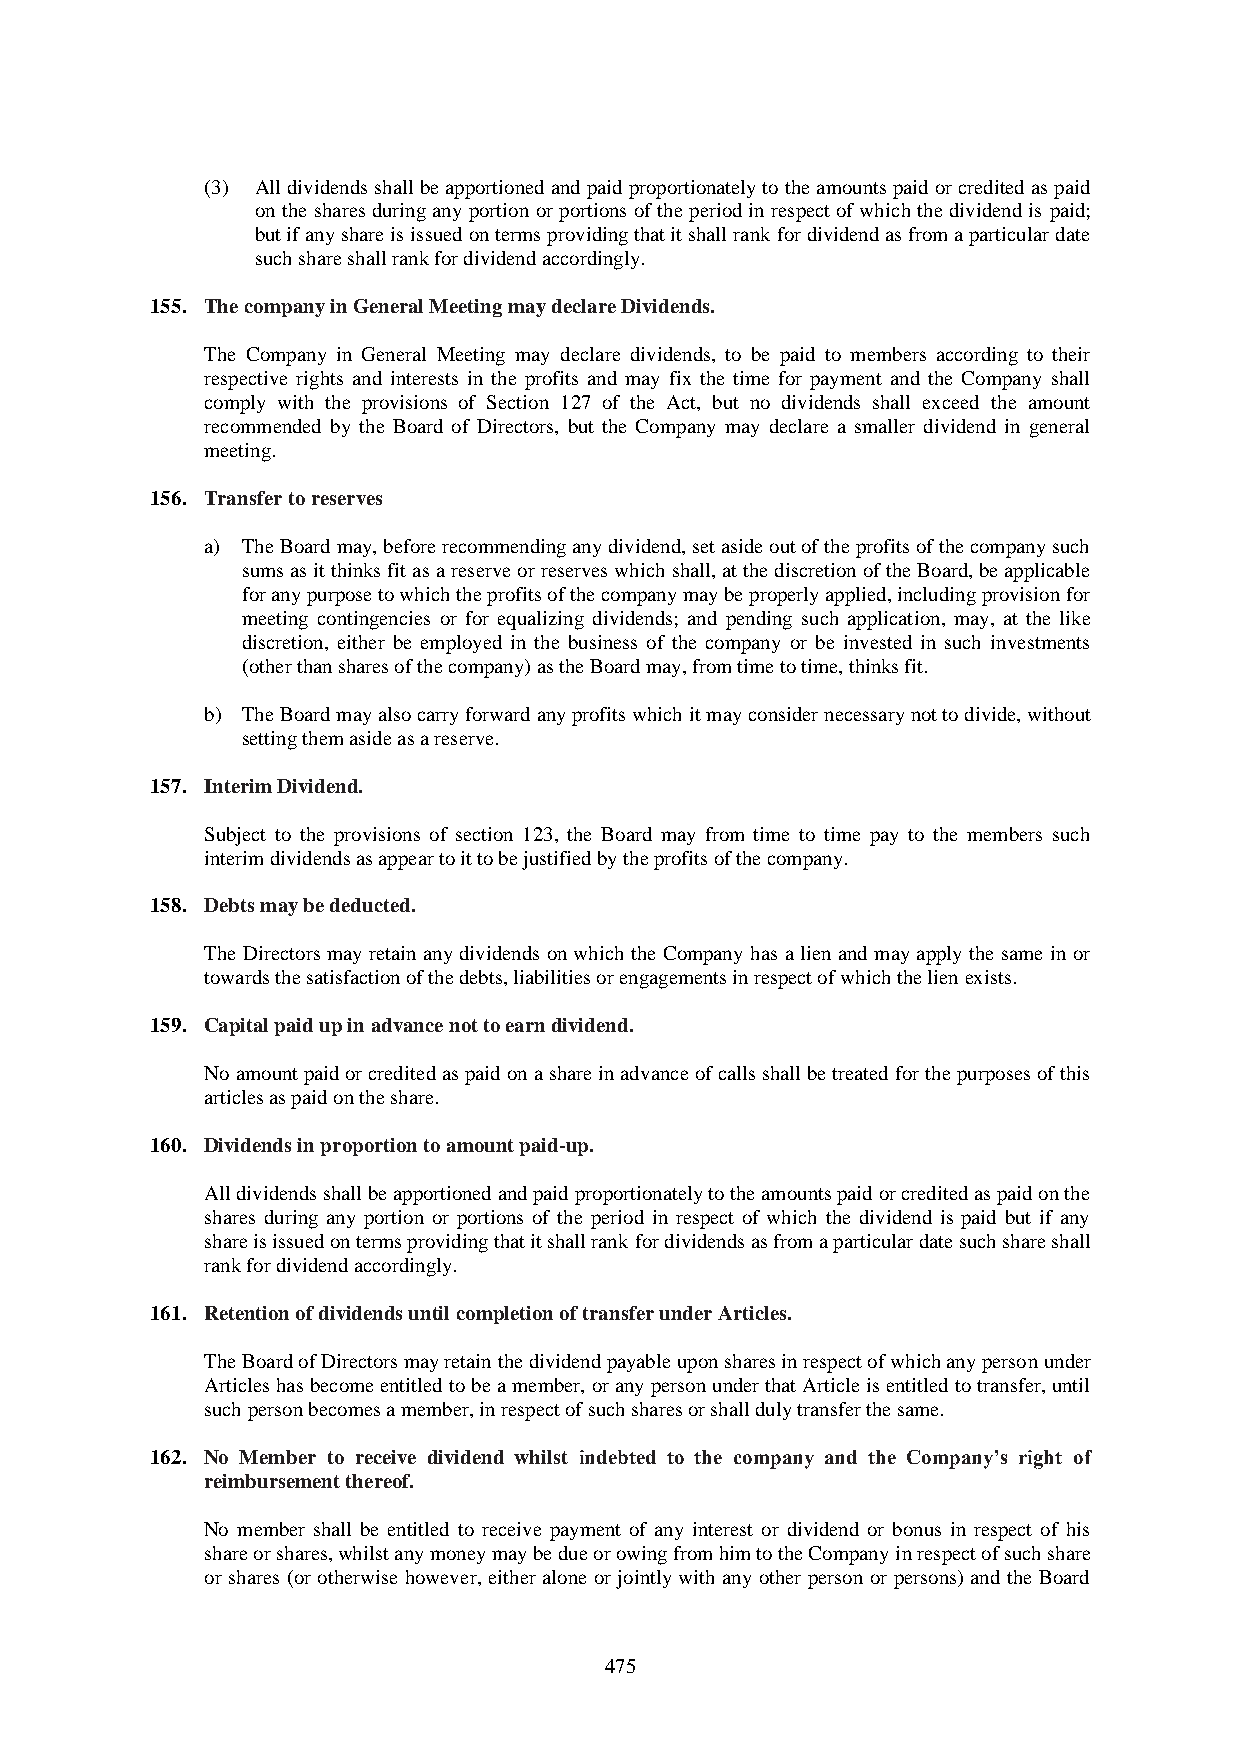
(3) All dividends shall be apportioned and paid proportionately to the amounts paid or credited as paid
 on the shares during any portion or portions of the period in respect of which the dividend is paid;
 but if any share is issued on terms providing that it shall rank for dividend as from a particular date
 such share shall rank for dividend accordingly.
 155. The company in General Meeting may declare Dividends.
 The Company in General Meeting may declare dividends, to be paid to members according to their
 respective rights and interests in the profits and may fix the time for payment and the Company shall
 comply with the provisions of Section 127 of the Act, but no dividends shall exceed the amount
 recommended by the Board of Directors, but the Company may declare a smaller dividend in general
 meeting.
 156. Transfer to reserves
 a) The Board may, before recommending any dividend, set aside out of the profits of the company such
 sums as it thinks fit as a reserve or reserves which shall, at the discretion of the Board, be applicable
 for any purpose to which the profits of the company may be properly applied, including provision for
 meeting contingencies or for equalizing dividends; and pending such application, may, at the like
 discretion, either be employed in the business of the company or be invested in such investments
 (other than shares of the company) as the Board may, from time to time, thinks fit.
 b) The Board may also carry forward any profits which it may consider necessary not to divide, without
 setting them aside as a reserve.
 157. Interim Dividend.
 Subject to the provisions of section 123, the Board may from time to time pay to the members such
 interim dividends as appear to it to be justified by the profits of the company.
 158. Debts may be deducted.
 The Directors may retain any dividends on which the Company has a lien and may apply the same in or
 towards the satisfaction of the debts, liabilities or engagements in respect of which the lien exists.
 159. Capital paid up in advance not to earn dividend.
 No amount paid or credited as paid on a share in advance of calls shall be treated for the purposes of this
 articles as paid on the share.
 160. Dividends in proportion to amount paid-up.
 All dividends shall be apportioned and paid proportionately to the amounts paid or credited as paid on the
 shares during any portion or portions of the period in respect of which the dividend is paid but if any
 share is issued on terms providing that it shall rank for dividends as from a particular date such share shall
 rank for dividend accordingly.
 161. Retention of dividends until completion of transfer under Articles.
 The Board of Directors may retain the dividend payable upon shares in respect of which any person under
 Articles has become entitled to be a member, or any person under that Article is entitled to transfer, until
 such person becomes a member, in respect of such shares or shall duly transfer the same.
 162. No Member to receive dividend whilst indebted to the company and the Company’s right of
 reimbursement thereof.
 No member shall be entitled to receive payment of any interest or dividend or bonus in respect of his
 share or shares, whilst any money may be due or owing from him to the Company in respect of such share
 or shares (or otherwise however, either alone or jointly with any other person or persons) and the Board
 475